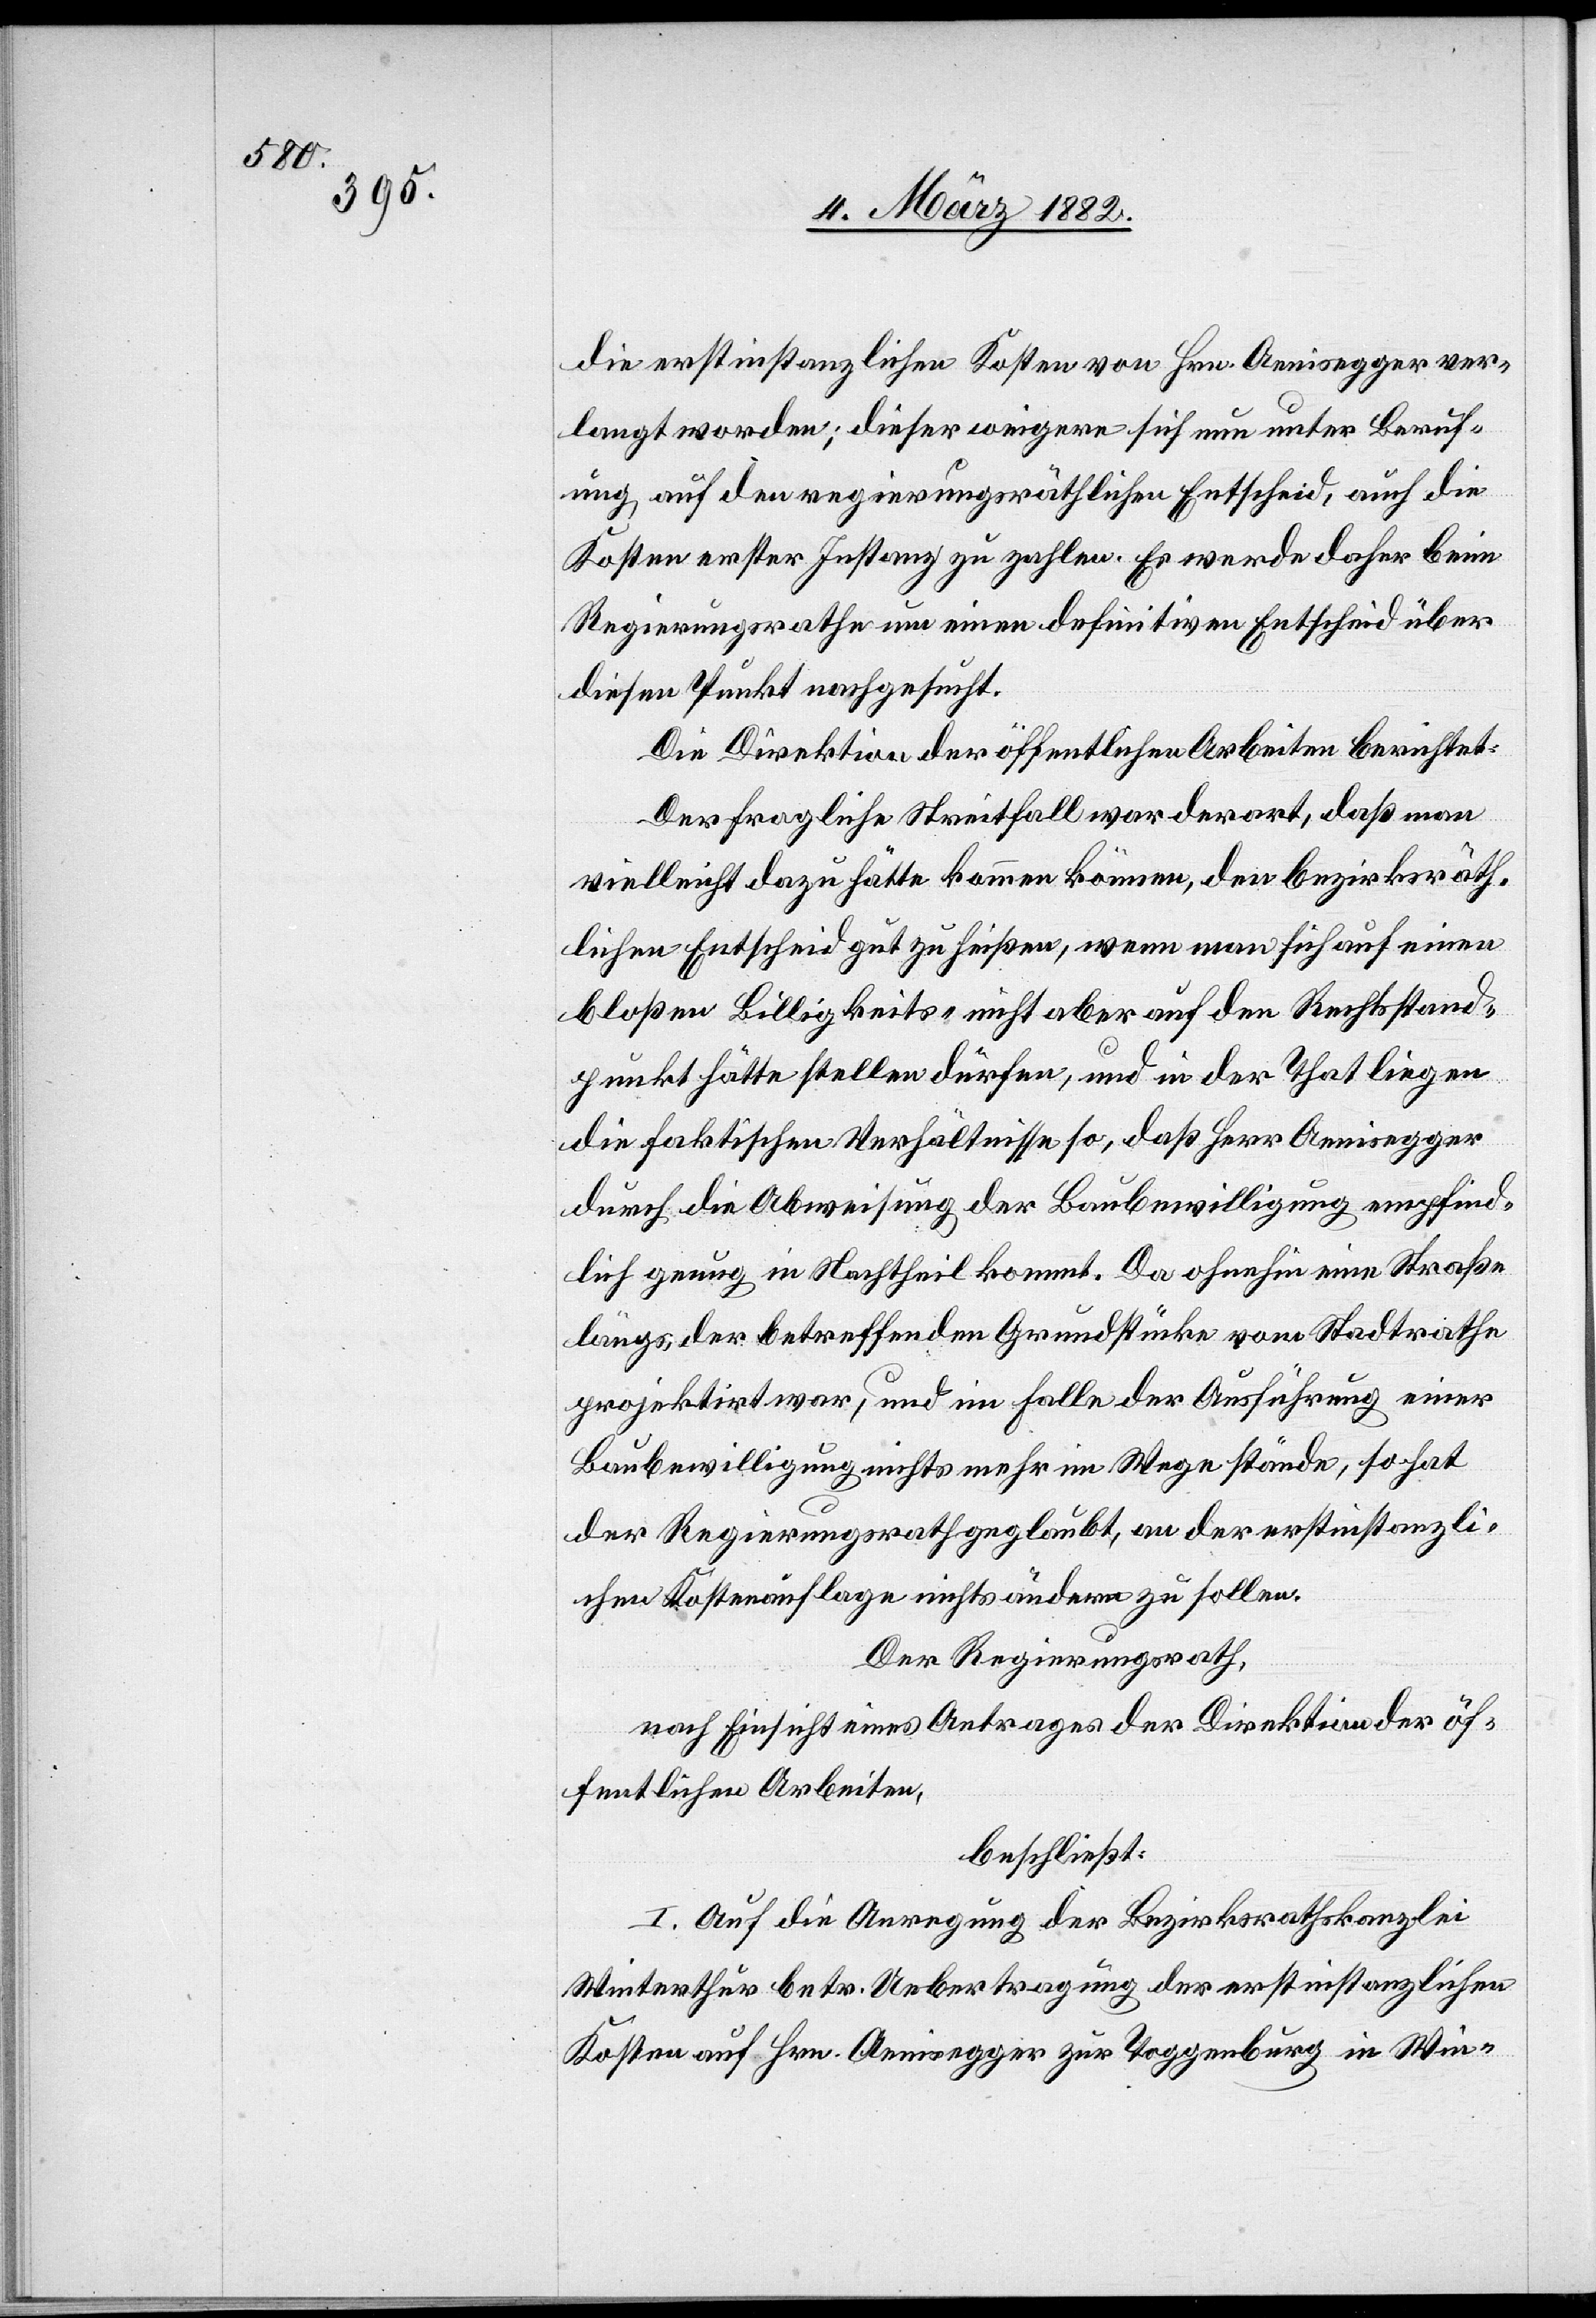
die erstinstanzlichen Kosten von Hrn. Aenisegger ver¬
langt worden; dieser weigere sich nun unter Beruf¬
ung auf den regierungsräthlichen Entscheid, auch die
Kosten erster Instanz zu zahlen. Es werde daher beim
Regierungsrathe um einen definitiven Entscheid über
diesen Punkt nachgesucht.
Die Direktion der öffentlichen Arbeiten berichtet:
Der fragliche Streitfall war derart, daß man
vielleicht dazu hätte kommen können, den bezirksräth¬
lichen Entscheid gut zu heißen, wenn man sich auf einen
bloßen Billigkeits- nicht aber auf den Rechtsstand¬
punkt hätte stellen dürfen, und in der That liegen
die faktischen Verhältnisse so, daß Herr Aenisegger
durch die Abweisung der Baubewilligung empfind¬
lich genug in Nachtheil kommt. Da ohnehin eine Straße
längs der betreffenden Grundstücke vom Stadtrathe
projektirt war, und im Falle der Ausführung einer
Baubewilligung nicht mehr im Wege stände, so hat
der Regierungsrath geglaubt, an der erstinstanzli¬
chen Kostenauflage nichts ändern zu sollen.
Der Regierungsrath,
nach Einsicht eines Antrages der Direktion der öf¬
fentlichen Arbeiten,
beschließt:
I. Auf die Anregung der Bezirksrathskanzlei
Winterthur betr. Uebertragung der erstinstanzlichen
Kosten auf Hrn. Aenisegger zur Toggenburg in Win-